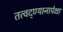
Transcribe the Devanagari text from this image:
तत्वद्ण्यानापेक्षा